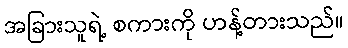
အခြားသူရဲ့ စကားကို ဟန့်တားသည်။